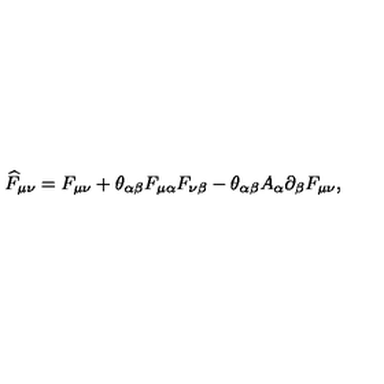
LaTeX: \widehat { F } _ { \mu \nu } = F _ { \mu \nu } + \theta _ { \alpha \beta } F _ { \mu \alpha } F _ { \nu \beta } - \theta _ { \alpha \beta } A _ { \alpha } \partial _ { \beta } F _ { \mu \nu } ,